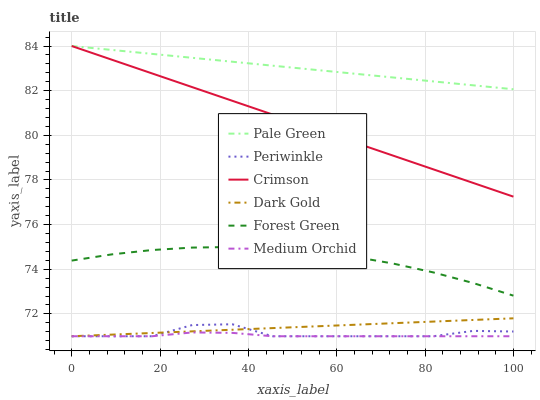
| xaxis_label | Pale Green | Periwinkle | Crimson | Dark Gold | Forest Green | Medium Orchid |
 | --- | --- | --- | --- | --- | --- | --- |
 | 0 | 84 | 71 | 84 | 71 | 74.4 | 71 |
 | 9.09 | 83.8 | 71 | 83.4 | 71.1 | 74.7 | 71 |
 | 18.2 | 83.6 | 71 | 82.8 | 71.1 | 74.9 | 71 |
 | 27.3 | 83.5 | 71.5 | 82.2 | 71.2 | 75 | 71.2 |
 | 36.4 | 83.3 | 71.5 | 81.5 | 71.3 | 75 | 71.2 |
 | 45.5 | 83.1 | 71 | 80.9 | 71.4 | 74.9 | 71 |
 | 54.5 | 82.9 | 71 | 80.3 | 71.4 | 74.8 | 71 |
 | 63.6 | 82.8 | 71 | 79.7 | 71.5 | 74.6 | 71 |
 | 72.7 | 82.6 | 71 | 79.1 | 71.6 | 74.3 | 71 |
 | 81.8 | 82.4 | 71 | 78.5 | 71.7 | 73.9 | 71 |
 | 90.9 | 82.2 | 71.2 | 77.9 | 71.7 | 73.4 | 71 |
 | 100 | 82.1 | 71.2 | 77.3 | 71.8 | 72.8 | 71 |